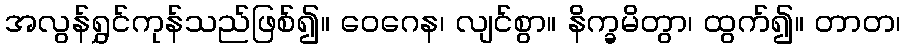
အလွန်ရွှင်ကုန်သည်ဖြစ်၍။ ဝေဂေန၊ လျင်စွာ။ နိက္ခမိတွာ၊ ထွက်၍။ တာတ၊